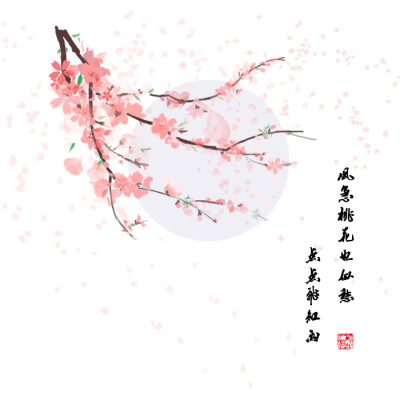
风急桃花也似愁，点点飞红雨。